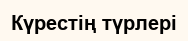
Күрестің түрлері